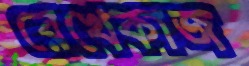
রেখেকাজ